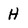
Character: H